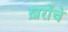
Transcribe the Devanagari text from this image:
ख़रोंचे